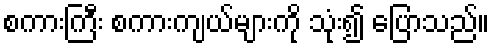
စကားကြီး စကားကျယ်များကို သုံး၍ ပြောသည်။